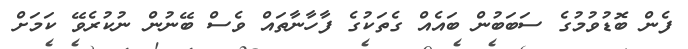
ފެން ބޮޑުވުމުގެ ސަބަބުން ބައެއް ގެތަކުގެ ފާހާނާތައް ވެސް ބޭނުން ނުކުރެވޭ ކަމަށް